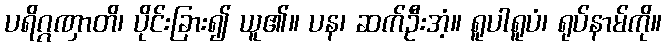
ပရိဂ္ဂဏှာတိ၊ ပိုင်းခြား၍ ယူ၏။ ပန၊ ဆက်ဦးအံ့။ ရူပါရူပံ၊ ရုပ်နာမ်ကို။